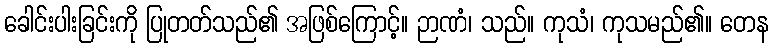
ခေါင်းပါးခြင်းကို ပြုတတ်သည်၏ အဖြစ်ကြောင့်။ ဉာဏံ၊ သည်။ ကုသံ၊ ကုသမည်၏။ တေန